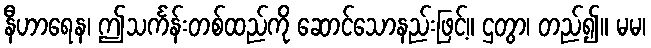
နီဟာရေန၊ ဤသင်္ကန်းတစ်ထည်ကို ဆောင်သောနည်းဖြင့်။ ဌတွာ၊ တည်၍။ မမ၊